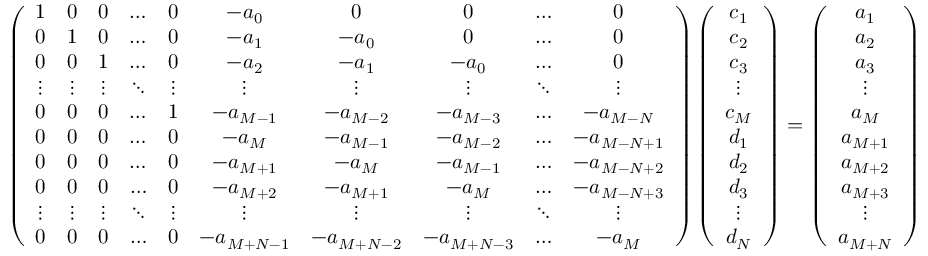
\begin{array} { r } { \left( \begin{array} { c c c c c c c c c c } { 1 } & { 0 } & { 0 } & { \ldots } & { 0 } & { - a _ { 0 } } & { 0 } & { 0 } & { \ldots } & { 0 } \\ { 0 } & { 1 } & { 0 } & { \ldots } & { 0 } & { - a _ { 1 } } & { - a _ { 0 } } & { 0 } & { \ldots } & { 0 } \\ { 0 } & { 0 } & { 1 } & { \ldots } & { 0 } & { - a _ { 2 } } & { - a _ { 1 } } & { - a _ { 0 } } & { \ldots } & { 0 } \\ { \vdots } & { \vdots } & { \vdots } & { \ddots } & { \vdots } & { \vdots } & { \vdots } & { \vdots } & { \ddots } & { \vdots } \\ { 0 } & { 0 } & { 0 } & { \ldots } & { 1 } & { - a _ { M - 1 } } & { - a _ { M - 2 } } & { - a _ { M - 3 } } & { \ldots } & { - a _ { M - N } } \\ { 0 } & { 0 } & { 0 } & { \ldots } & { 0 } & { - a _ { M } } & { - a _ { M - 1 } } & { - a _ { M - 2 } } & { \ldots } & { - a _ { M - N + 1 } } \\ { 0 } & { 0 } & { 0 } & { \ldots } & { 0 } & { - a _ { M + 1 } } & { - a _ { M } } & { - a _ { M - 1 } } & { \ldots } & { - a _ { M - N + 2 } } \\ { 0 } & { 0 } & { 0 } & { \ldots } & { 0 } & { - a _ { M + 2 } } & { - a _ { M + 1 } } & { - a _ { M } } & { \ldots } & { - a _ { M - N + 3 } } \\ { \vdots } & { \vdots } & { \vdots } & { \ddots } & { \vdots } & { \vdots } & { \vdots } & { \vdots } & { \ddots } & { \vdots } \\ { 0 } & { 0 } & { 0 } & { \ldots } & { 0 } & { - a _ { M + N - 1 } } & { - a _ { M + N - 2 } } & { - a _ { M + N - 3 } } & { \ldots } & { - a _ { M } } \end{array} \right) \left( \begin{array} { c } { c _ { 1 } } \\ { c _ { 2 } } \\ { c _ { 3 } } \\ { \vdots } \\ { c _ { M } } \\ { d _ { 1 } } \\ { d _ { 2 } } \\ { d _ { 3 } } \\ { \vdots } \\ { d _ { N } } \end{array} \right) = \left( \begin{array} { c } { a _ { 1 } } \\ { a _ { 2 } } \\ { a _ { 3 } } \\ { \vdots } \\ { a _ { M } } \\ { a _ { M + 1 } } \\ { a _ { M + 2 } } \\ { a _ { M + 3 } } \\ { \vdots } \\ { a _ { M + N } } \end{array} \right) } \end{array}